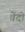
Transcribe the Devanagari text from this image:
वेंदो